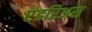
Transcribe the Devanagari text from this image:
एंडरिअस